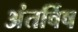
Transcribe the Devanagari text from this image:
अंतर्विष